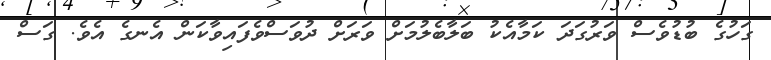
ގަހުގެ ބުޑުވެސް ވަރުގަދަ ކަމާއެކު ބަލާބެލުމަށް ވަރަށް ދުވަސްވެފައިވާކަން އެނގެ އެެވެ. ގަސް